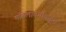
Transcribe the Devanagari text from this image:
महिलावर्गाकडून